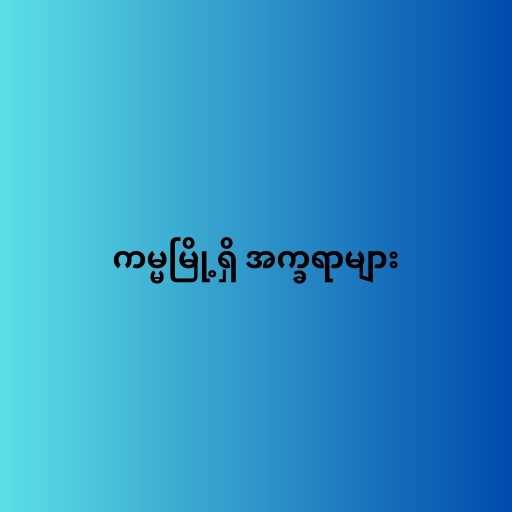
ကမ္မမြို့ရှိ အက္ခရာများ